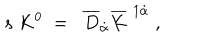
LaTeX: s \; K ^ { 0 } \; = \; \; \overline { { { D } } } _ { \dot { \alpha } } \overline { { { K } } } ^ { \; 1 \dot { \alpha } } \; , \;